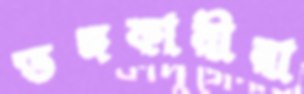
ভঙ্গকারীরা